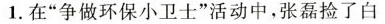
1.在”争做环保小卫士”活动中，张磊捡了白